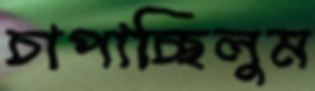
চাপাচ্ছিলুম